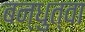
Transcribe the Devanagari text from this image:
बन्धुत्वा